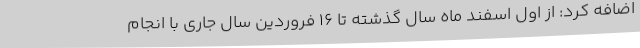
اضافه کرد: از اول اسفند ماه سال گذشته تا 16 فروردین سال جاری با انجام